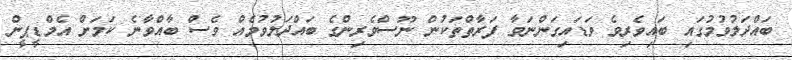
ބައްދަލުވުމުގައި ބައިވެރިވެ ވަޑައިގަންނަވާ ފަރާތްތަކުން ނޫސްވެރިންގެ ބައްދަލުވުމެއް ވެސް ބާއްވާނެ ކަމަށް އެމްޑީޕީން